Annual report on the working of the mental hospitals in the Madras Presidency - 1912-1932
Year: 1912
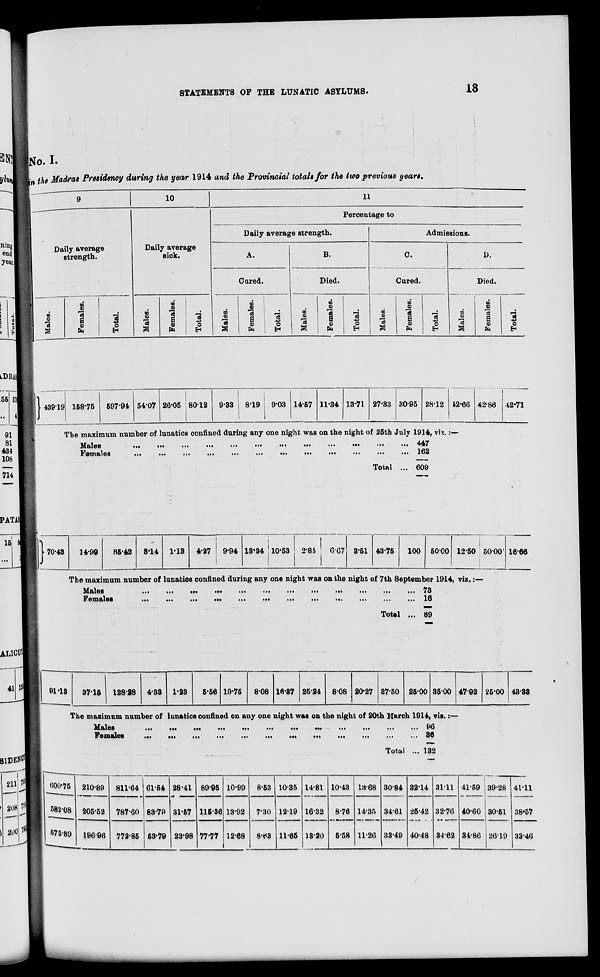
STATEMENTS OF THE LUNATIC ASYLUMS.
18
No. I.
in the Madras Presidency during the year 1914 and the Provincial totals for the two previous years.
9
Daily average
strength.
Males.
Females.
Total.
10
Daily average
sick.
Males.
Females.
Total.
11
Percentage to
Daily average strength.
A.
Cured.
Males.
Females.
Total.
B.
Died.
Males.
Females.
Total.
Admissions.
C.
Cured.
Males.
Females.
Total.
D.
Died.
Males.
Females.
Total.
439.19 158.75 597.94 54.07 26.05 80.12 9.33 8.19
9.03 14.57 11.34 13.71 27.33 30.95 28.12 42.66 42-86 42.71
The maximum number of lunatics confined during any one night was on the night of 25th July 1914, viz.:—
Males ... ... ... ... ... ... ... ... ... ... ... ... ... ... ...
Females ... ... ... ... ... ... ... ... ... ... ... ... ... ... ...
Total ...
447
162
609
70.43
14.99
86.42 3.14
1.13
4.27
9.94 13.34 10.53
2.84 6.67
3.51 43.75
100 50.00 12.50 50.00 16.66
The maximum number of lunatics confined during any one night was on the night of 7th September 1914, viz.:—
Males ... ... ... ... ... ... ... ... ... ... ... ... ... ... ...
Females ... ... ... ... ... ... ... ... ... ... ... ... ... ... ...
Total ...
91.13
37.15
128.28 4.33 1.23 5.56
19.75
8.08 16.37 25.24 8.08 20.27 37.50 25.00
73
16
89
35.00
47.92 25.00 43.33
The maximum number of lunatics confined on any one night was on the night of 20th March 1914, viz.:—
Males ... ... ... ... ... ... ... ... ... ... ... ... ... ... ...
Females ... ... ... ... ... ... ... ... ... ... ... ... ... ... ...
Total ...
600.75
582.08
575.89
210.89
205.52
196.96
811.64
787.60
772.85
61.54
83.79
53.79
28.41
31.57
23.98
89.95
115.36
77.77
10.99
13.92
12.68
8.53
7.30
8.63
10.35
12.19
11.65
14.81
16.32
13.20
10.43
8.76
5.58
13.68
14.35
11.26
30.84
34.61
33.49
32.14
25.42
40.48
96
36
132
31.11
32.76
34.62
41.59
40.60
34.86
39.28
30.51
26.19
41.11
38.57
33.46